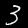
Digit: 3